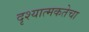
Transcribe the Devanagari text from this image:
दृश्यात्मकतेचा